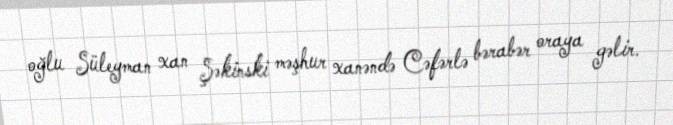
oğlu Süleyman xan Şəkinski məşhur xanəndə Cəfərlə bərabər oraya gəlir.